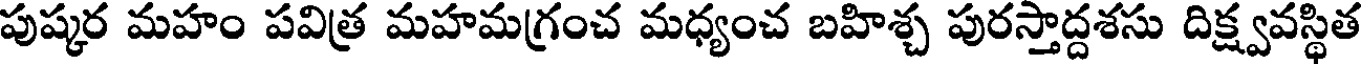
పుష్కర మహం పవిత్ర మహమగ్రంచ మధ్యంచ బహిశ్చ పురస్తాద్దశసు దిక్ష్వవస్థిత